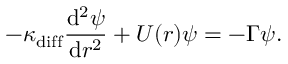
- \kappa _ { \mathrm { d i f f } } \frac { \mathrm { d } ^ { 2 } \psi } { \mathrm { d } r ^ { 2 } } + U ( r ) \psi = - \Gamma \psi .